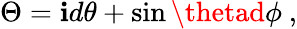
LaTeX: \Theta=\mathbf{i}d\theta+\sin\thetad\phi\ ,